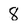
Character: 8